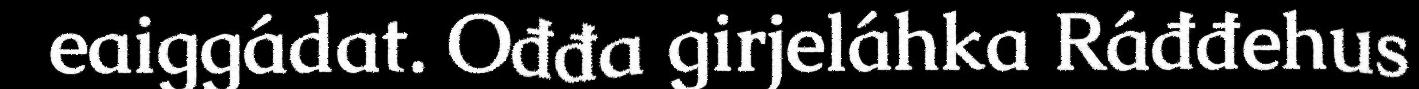
eaiggádat. Ođđa girjeláhka Ráđđehus